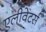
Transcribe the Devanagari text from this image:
एलीवेटर्स